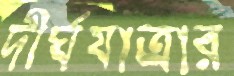
দীর্ঘযাত্রার